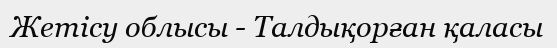
Жетісу облысы - Талдықорған қаласы